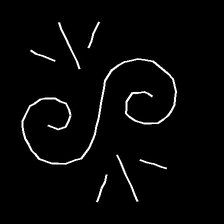
Glyph: wind-directs-air